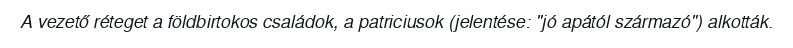
A vezető réteget a földbirtokos családok, a patriciusok (jelentése: "jó apától származó") alkották.